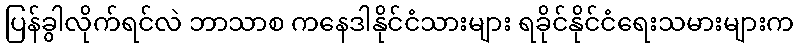
ပြန်ခွါလိုက်ရင်လဲ ဘာသာစ ကနေဒါနိုင်ငံသားများ ရခိုင်နိုင်ငံရေးသမားများက